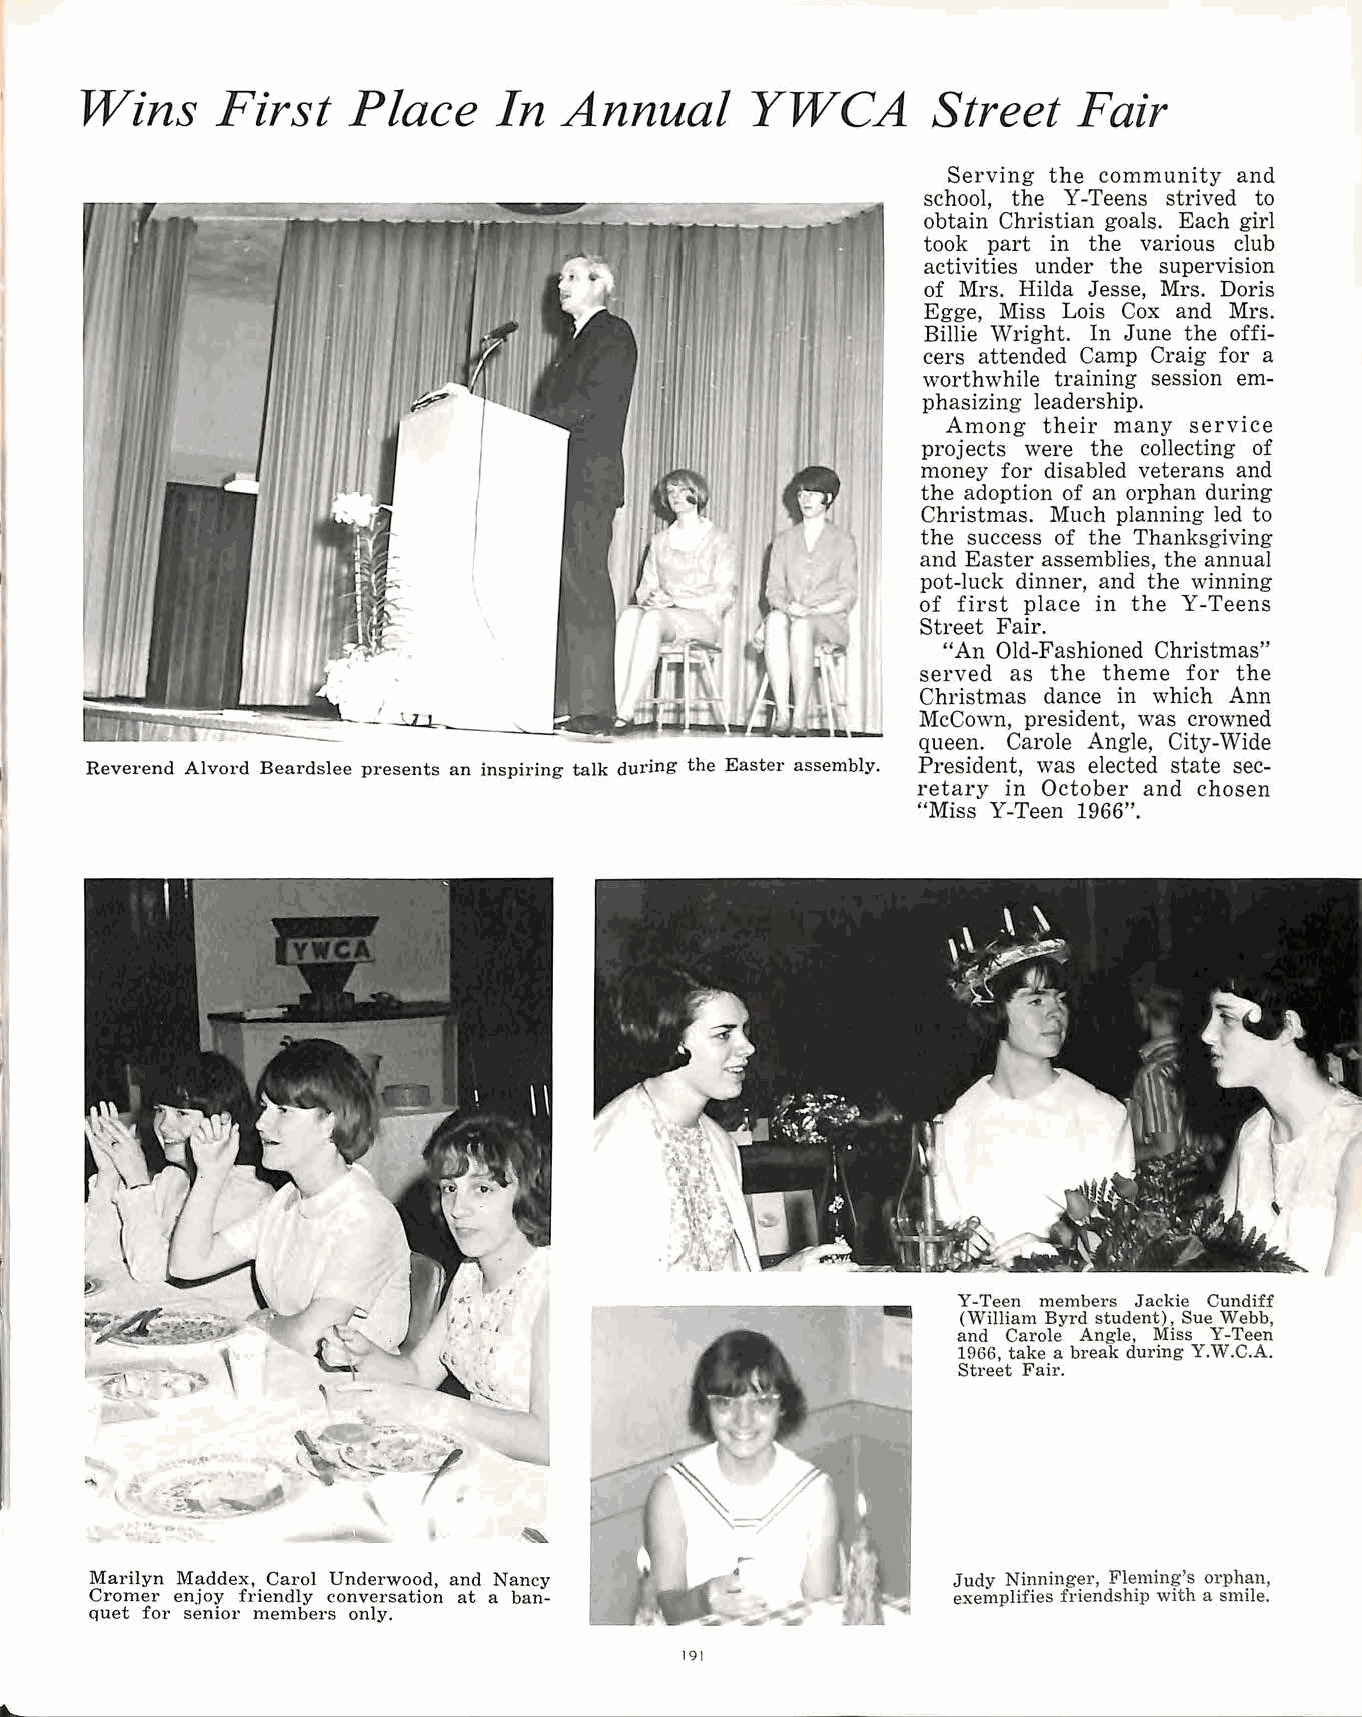
Wins     First    Place     In  Annual       Y WCA       Street   Fair
 Serving the community and
 school, the Y-Teens strived to
 obtain Christian goals. Each girl
 took part in the various club
 activities under the supervision
 of Mrs. Hilda Jesse, Mrs. Doris
 Egge, Miss Lois Cox and Mrs.
 Billie Wright. In June the offi
 cers attended Camp Craig for a
 worthwhile training session em
 phasizing leadership.
 Among their many service
 projects were the collecting of
 money for disabled veterans and
 the adoption of an orphan during
 Christmas. Much planning led to
 the success of the Thanksgiving
 and Easter assemblies, the annual
 pot-luck dinner, and the winning
 of first place in the Y-Teens
 Street Fair.
 "An Old-Fashioned Christmas"
 served as the theme for the
 Christmas dance in which Ann
 Mccown, president, was crowned
 queen. Carole Angle, City-Wide
 Reverend Alvord Beardslee presents an inspiring talk during the Easter assembly. President, was elected state sec
 retary in October and chosen
 "Miss Y-Teen 1966".
 Y-Teen members Jackie Cundiff
 (William Byrd student), Sue Webb,
 and Carole Angle, Miss Y-Teen
 1966, take a break during Y.W.C.A.
 Street Fair.
 Marilyn Maddex, Carol Underwood, and Nancy               Judy Ninninger, Fleming's orphan,
 Cromer enjoy friendly conversation at a ban              exemplifies friendship with a smile.
 quet for senior members only.
 191